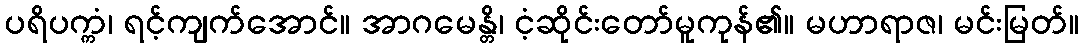
ပရိပက္ကံ၊ ရင့်ကျက်အောင်။ အာဂမေန္တိ၊ ငံ့ဆိုင်းတော်မူကုန်၏။ မဟာရာဇ၊ မင်းမြတ်။